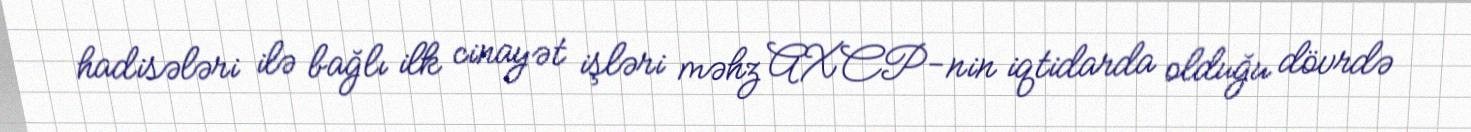
hadisələri ilə bağlı ilk cinayət işləri məhz AXCP-nin iqtidarda olduğu dövrdə